Leaving Certificate Examination, 1916
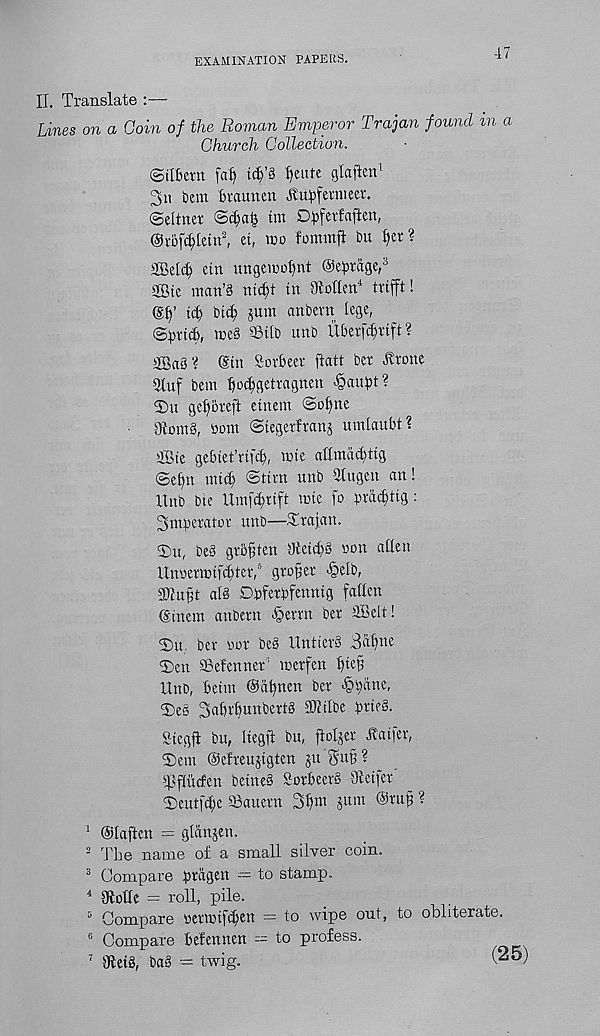
EXAMINATION PAPERS.
47
II. Translate :—
Lines on a Gain of the Roman Emperor Trajan found in a
Church Collection.
(Stlbern fat)
tfeute glaften 1
3n bem Bvaunen ^uBfemieer.
©ettner
tm DBfevfaften,
@r5fc^tetn 2 , et, wo fommft bu ^cr ?
StBeldj ctn ungcuiof)nt ©e^iige, 3
Sic man’§ nic^t in Gotten 4 trifft!
@f)’ ic^ bic^ jum anbent lege,
©brief), me§ 93itb unb itberfe^rift?
Sa3 ‘i ©in Sorbeer ftatt bet itrone
3tuf bem fjo^gettagnen ^aubt ?
2)u gef)5reft einem @ot)ne
DiomS, bom ©tegerfranj umlaubt?
fflte gebtet’rif^, mte aftmdebtig
©efjn mid) ©tint unb 9tugen an!
Unb bte Umfc^ttfi mic fo brdd)ttg:
3mberator unb—Trajan.
Tat, be§ gro^ten dieidjb non atten
Unnermif^ter, 3 grower >§elb,
SOIujjt at8 Dbferbfennig fatten
(Sinem anbern -§errn ber Self!
Tu ber wor be§ UniterS
Ten ©efenner’ merfen tjie§
Unb, betm @dt)nen ber <f?b«ne,
Te§ 3abrbunbertS Sttbe brieS-
Siegft bu, liegft bu, jioljer .ttatfer,
Tern ©efreujigten ju Sub ?
Tfiucfen beineS SorbeerS ttietfer'
Teutfd)e Sauern 3t)m jum ©rub ?
1 ©taften = gtdnjen.
2 The name of a small silver coin.
3 Compare brngru — t° stamp.
4 tttotte = roll, pile.
5 Compare berwifetjett = to wipe out, to obliterate.
G Compare befennen — to profess.
7 ttleiS, ba§ = twig.
(25)